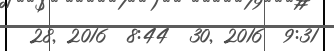
28